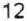
12